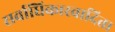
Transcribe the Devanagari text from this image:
सर्वाधिकारवादिता